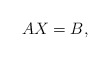
\begin{align*} AX = B,\end{align*}